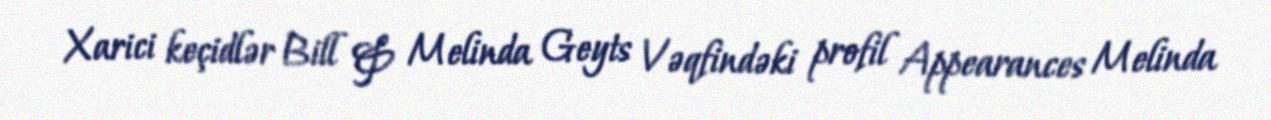
Xarici keçidlər Bill & Melinda Geyts Vəqfindəki profil Appearances Melinda